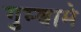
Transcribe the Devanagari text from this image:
गुम्बामे